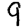
Digit: 9